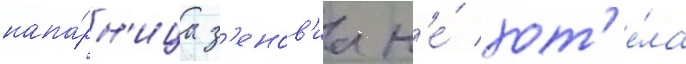
напа́рн'ица з'енов'иа н'е́ хот'е́ла